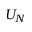
U _ { N }